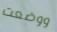
ووضعت